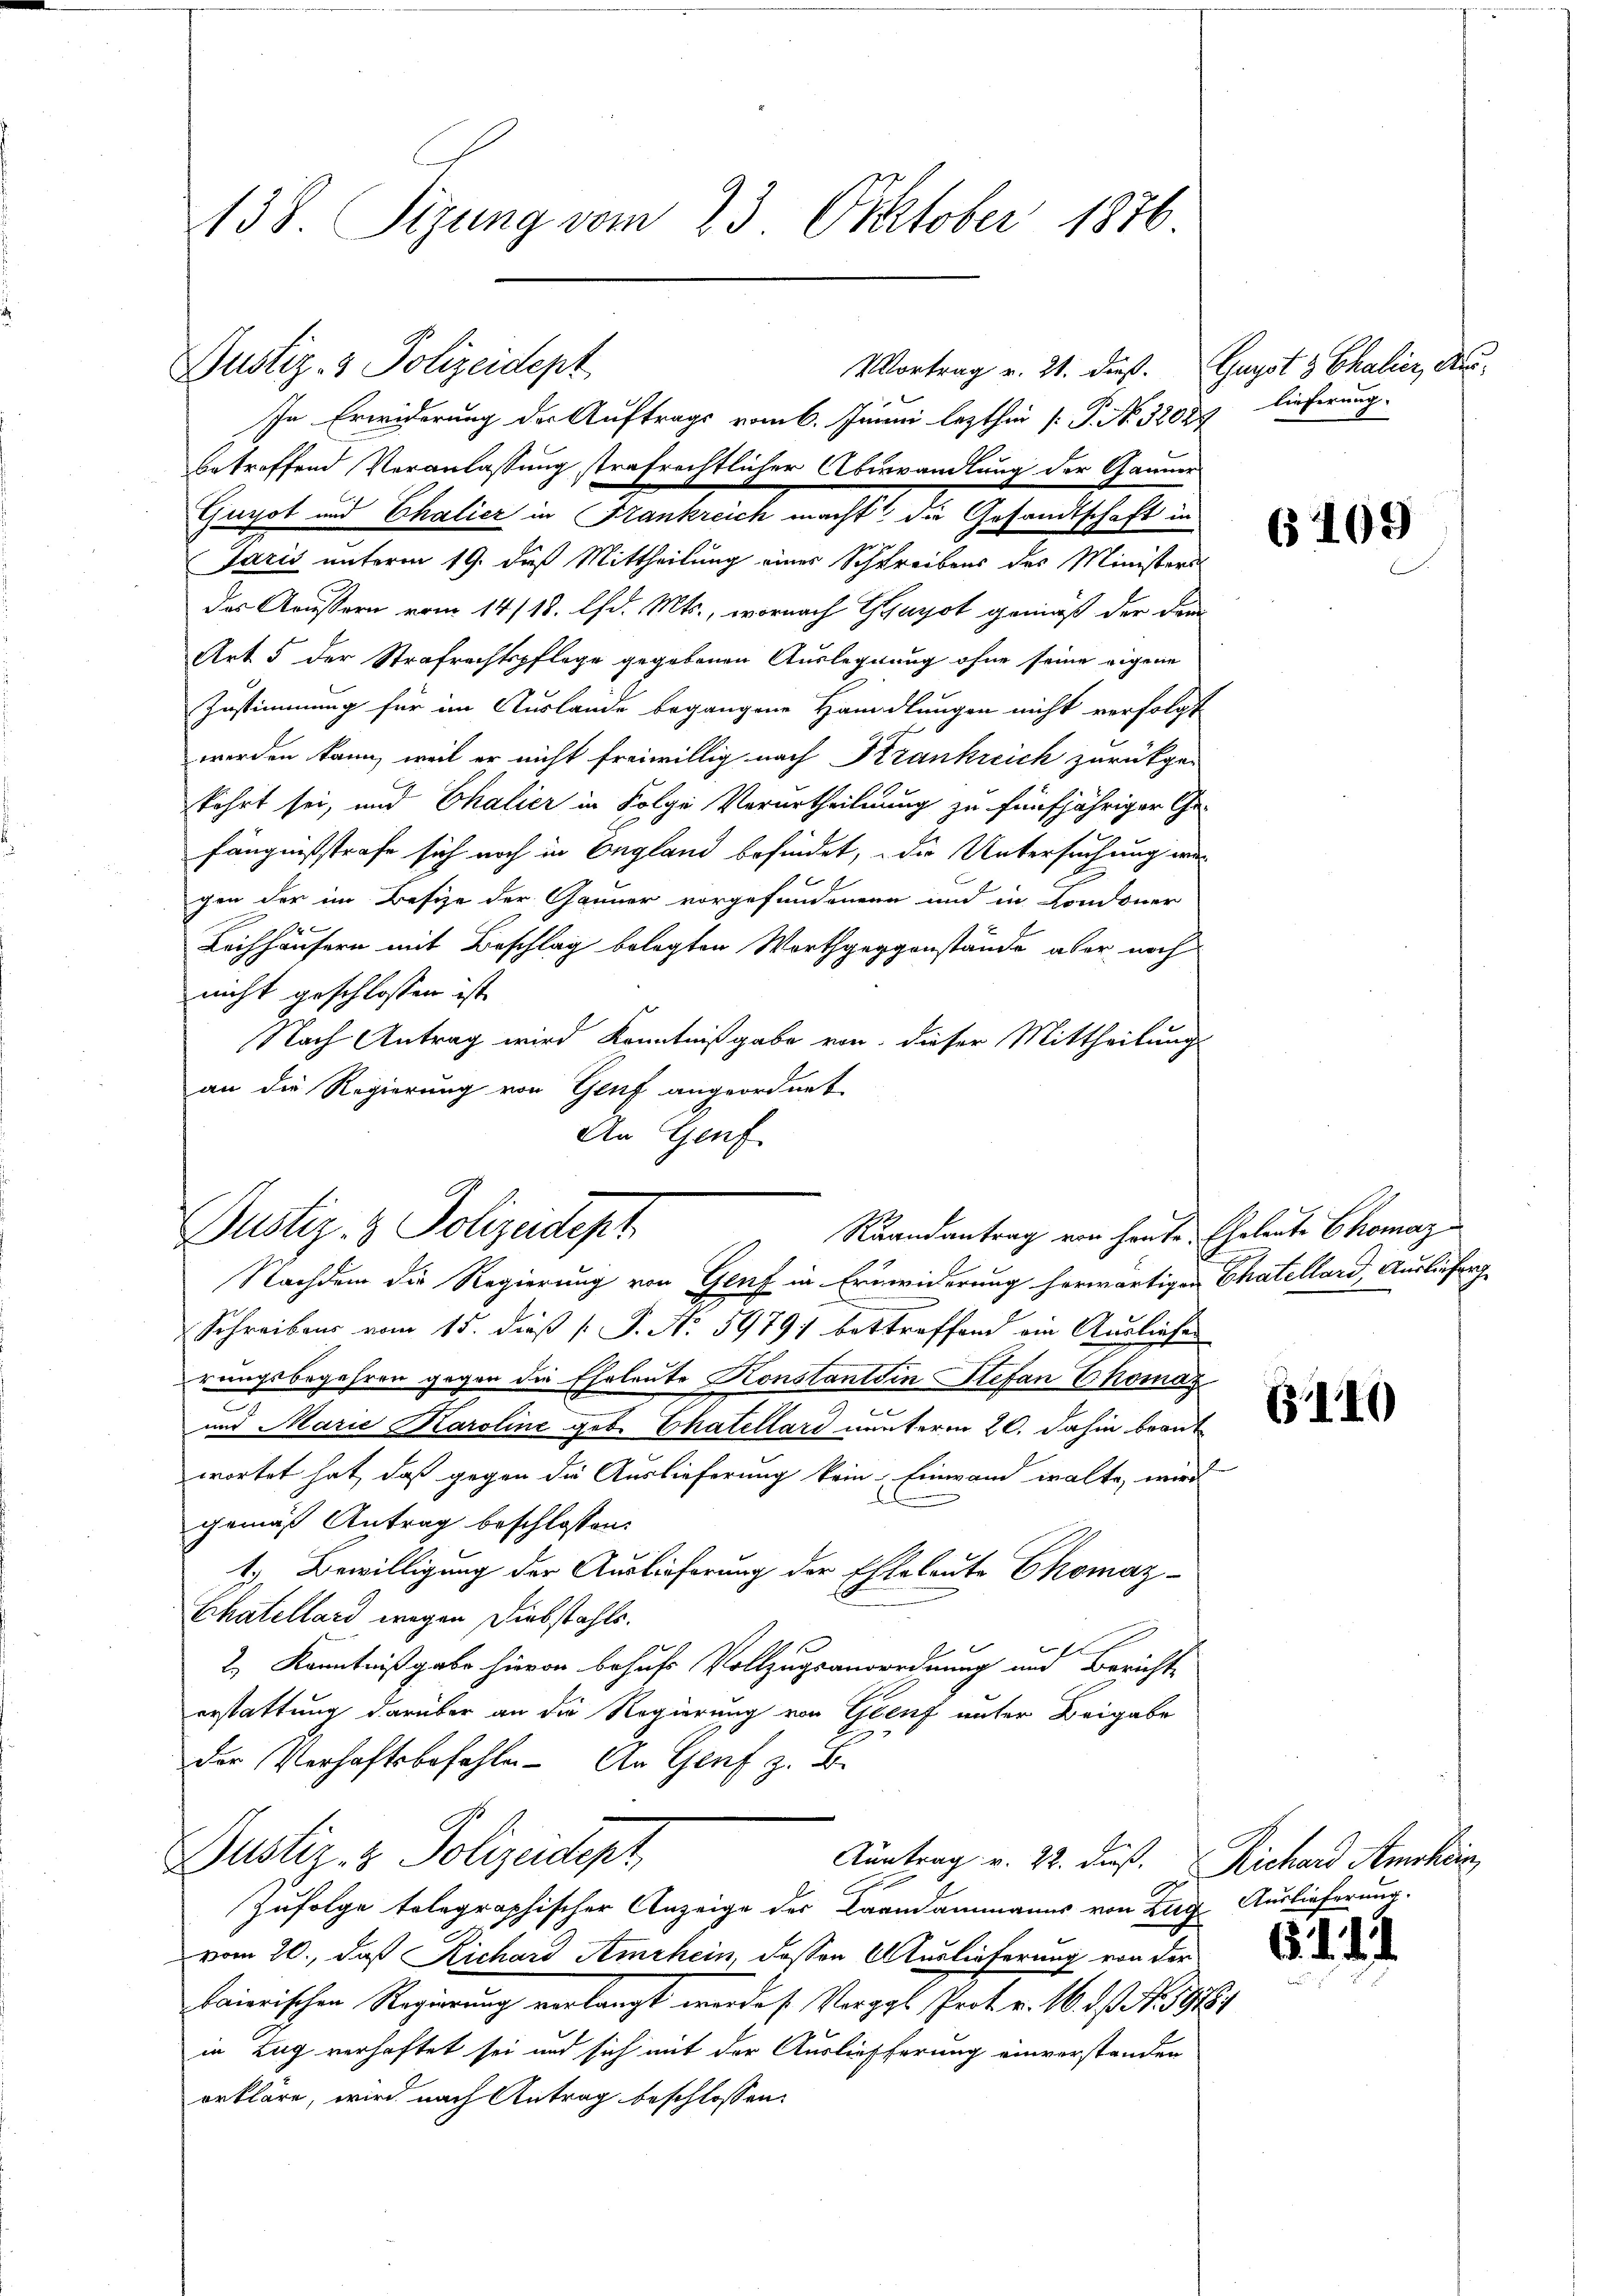
138. Sigung vom 23. Oktober 1876

Justiz- & Polizeidept

Vortrag v. 21. dieß. Gugst 3 Chalier, Aus¬

In Erwiderung der Auftrags vom 6. Junii lezthin [P. No. 32048
betreffend Veranlassung strafrechtlicher Überwandlung der Gauner
Gurot und Chalier in Frankreich macht, die Gesandtschaft in
Jaris unterm 19. dieß Mittheilung eines Schreibens des Ministers
das Aeussern vom 14/18. lfd. Mts., wornach Gyayot gemäß der dan
E
Art 5 der Strafrechtspflege gegebenen Auslegnung ohne seine eigene
Zustimmung für im Auslande begangene Handlungen nicht verfolgt
werden kann, weil er nicht freiwillig nach Krankreich zurückge-
kehrt sei, und Chalier in Folge Verurtheilung zu fünfjähriger Ge-
fängnißstrafe sich noch in England befindet, die Untersuchung wa
1
gen der im Besize der Gänner vorgefundenen und in Londoner
Lechhäusern mit Beschlag belegten Worthgeggenstände aber noch
nicht geschlossen ist.
Nach Antrag wird Kenntnißgabe von dieser Mittheilung
an die Regierung von Genf angeordnet.
An Genf

Dustiz- & Polizeidept
Raandantrag von heute. Eheleute Chomaz

Nachdem die Regierung von Genf in Erineiderung herwärtigen Chatellard, Auslieferg
Schreibens vom 15. dieß P. N. 5979) bestroffend ein Ausliefer
rungsbegehren gegen die Eheleute Konstantin Stefan Ekomay
v
und Marie Karoline geb. Thatellard unterm 20. dahin brant
wortet hat, daß gegen die Auslieferung kein Einwand walte, wird
gemäß Antrag beschlossen:
1, Bewilligung der Auslieferung der Eheleute Ekomaz-
Chatellard wegen Diebstahls.
2.) Kenntnißgabe hievon behufs Vollzugsanordnung und Bericht
erstattung darüber an die Regierung von Genf unter Beigabe
der Verhaftsbefehle. An Genf z. B.
Justiz- & Polizeidept
Aantrag v. 22. dieß. Richard Amchein,
Zufolge tolographischer Anzeige des Brandammanns von Zug Auslieferung.
vom 20., daß Richard Amrhein, dessen Auslieferung von der
faierischen Regierung verlangt werde Vergal Prot. v. 16. ds N. 5918/
in Tag verhaftet sei und sich mit der Ausliefferung einverstanden
erkläre, wird nach Antrag beschlossen:

lieferung.

6409

140

§. 1.